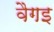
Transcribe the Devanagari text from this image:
वैगइ